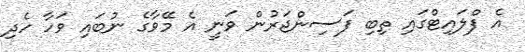
އެ ފްލައިޓްގައި ތިބި ފަސިންޖަރުން ވަނީ އެ މޭވާގެ ނުބައި ވަހާ ހެދި